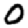
Digit: 0